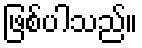
ဖြစ်ပါသည်။